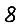
Digit: 8